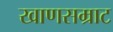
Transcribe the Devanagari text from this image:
खाणसम्राट